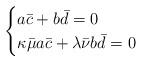
LaTeX: \begin{align*}\begin{cases}a\bar c+b\bar d=0 \\\kappa\bar\mu a\bar c+\lambda\bar\nu b\bar d=0\end{cases}\end{align*}